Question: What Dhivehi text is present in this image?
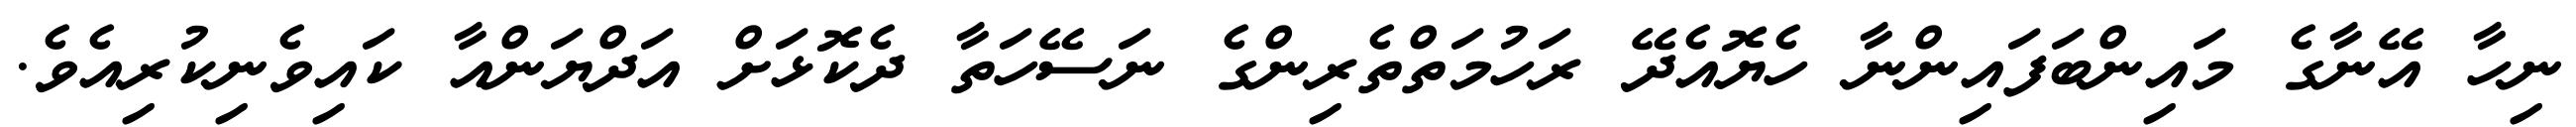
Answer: ނިހާ އޭނާގެ މައިންބަފައިންނާ ހެޔޮއެދޭ ރަހުމަތްތެރިންގެ ނަސޭހަތާ ދެކޮޅަށް އަދްޔަންއާ ކައިވެނިކުރިއެވެ.